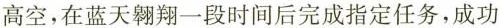
高空，在蓝天翱翔一段时间后完成指定任务，成功